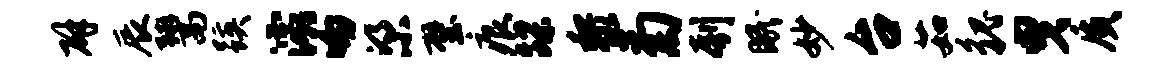
辟辰鬻蹊灞吻梁璧痕蹀黎菊刳眠妙台茹貌曳质